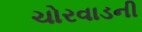
ચોરવાડની